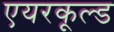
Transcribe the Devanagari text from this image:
एयरकूल्ड